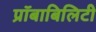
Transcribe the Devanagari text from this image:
प्रॉबाबिलिटी